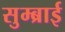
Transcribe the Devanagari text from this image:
सुम्ब्राई